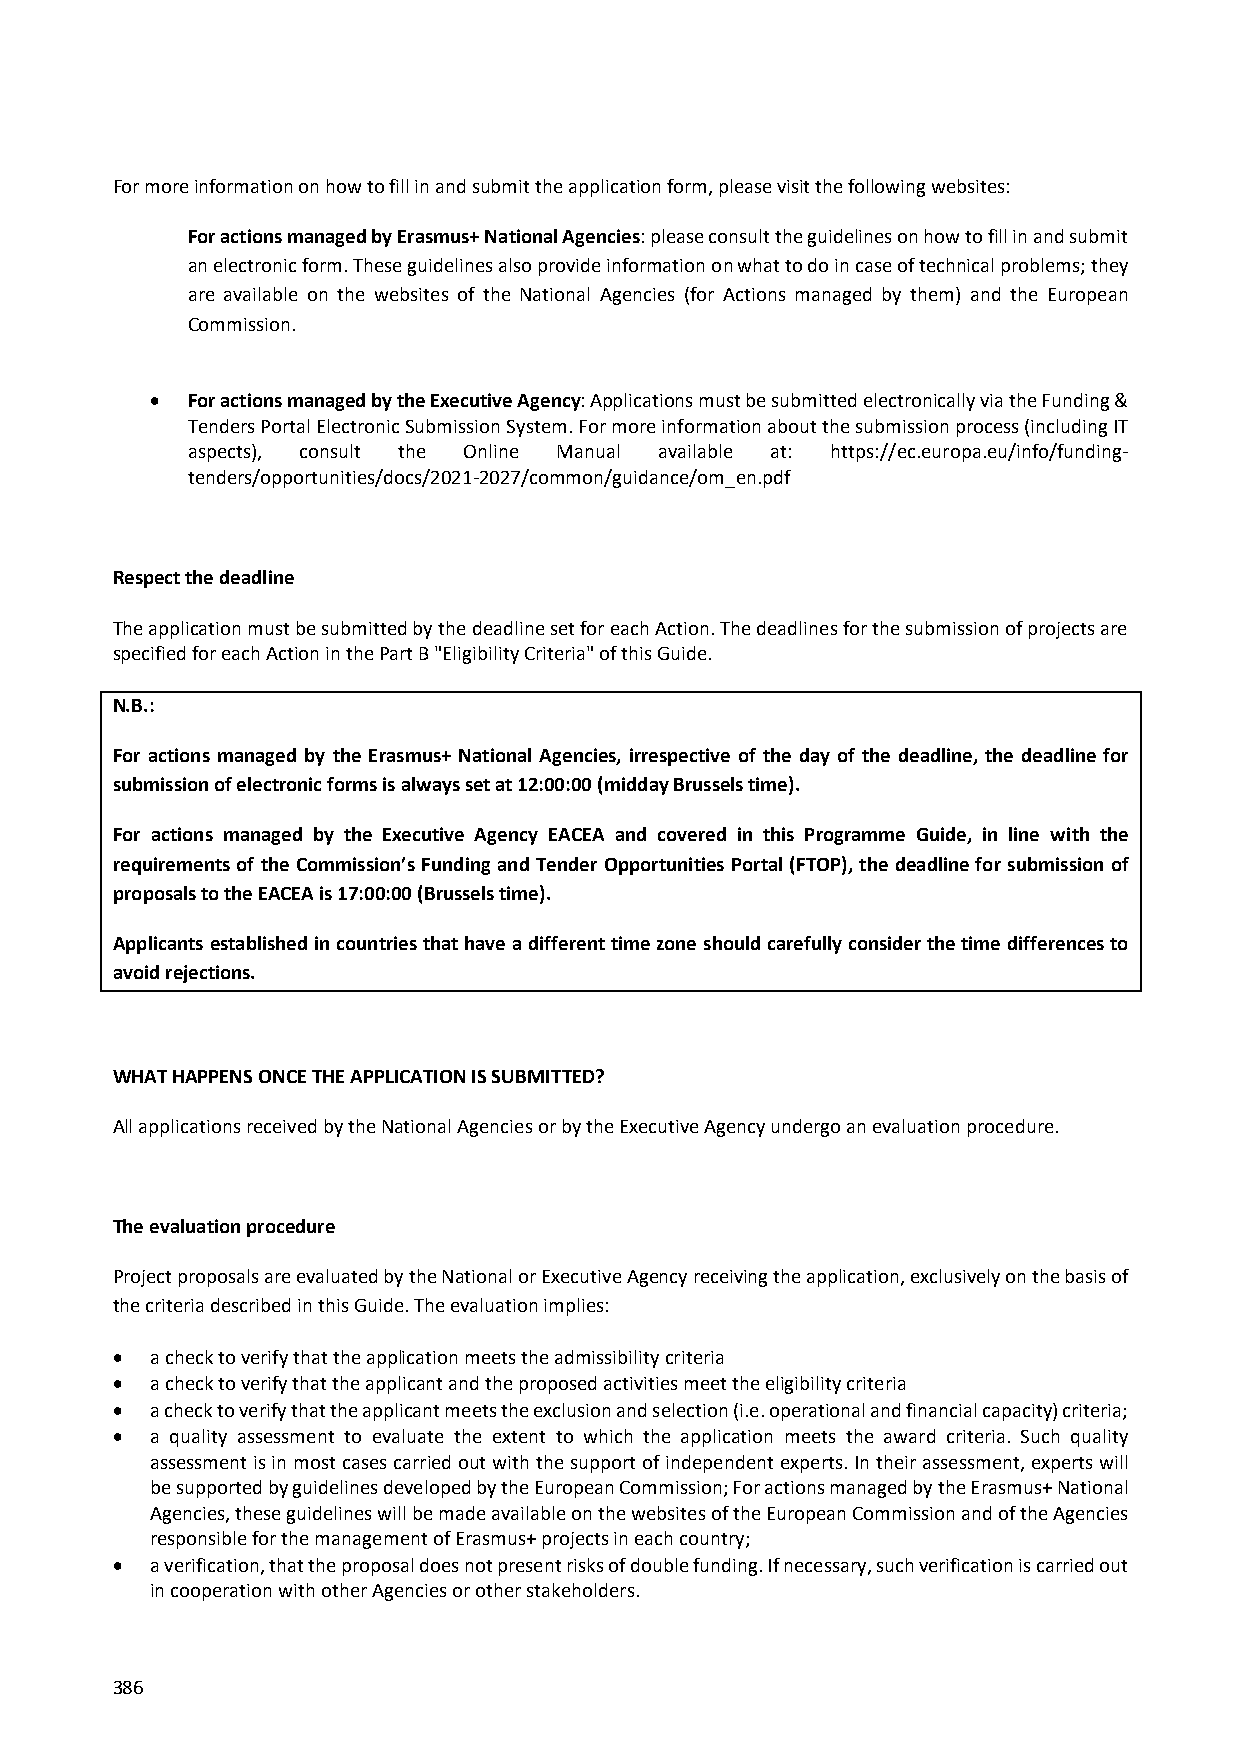
For more information on how to fill in and submit the application form, please visit the following websites:
 For actions managed by Erasmus+ National Agencies: please consult the guidelines on how to fill in and submit
 an electronic form. These guidelines also provide information on what to do in case of technical problems; they
 are available on the websites of the National Agencies (for Actions managed by them) and the European
 Commission.
  For actions managed by the Executive Agency: Applications must be submitted electronically via the Funding &
 Tenders Portal Electronic Submission System. For more information about the submission process (including IT
 aspects), consult the Online Manual available at: https://ec.europa.eu/info/funding‐
 tenders/opportunities/docs/2021‐2027/common/guidance/om_en.pdf
 Respect the deadline
 The application must be submitted by the deadline set for each Action. The deadlines for the submission of projects are
 specified for each Action in the Part B "Eligibility Criteria" of this Guide.
 N.B.:
 For actions managed by the Erasmus+ National Agencies, irrespective of the day of the deadline, the deadline for
 submission of electronic forms is always set at 12:00:00 (midday Brussels time).
 For actions managed by the Executive Agency EACEA and covered in this Programme Guide, in line with the
 requirements of the Commission’s Funding and Tender Opportunities Portal (FTOP), the deadline for submission of
 proposals to the EACEA is 17:00:00 (Brussels time).
 Applicants established in countries that have a different time zone should carefully consider the time differences to
 avoid rejections.
 WHAT HAPPENS ONCE THE APPLICATION IS SUBMITTED?
 All applications received by the National Agencies or by the Executive Agency undergo an evaluation procedure.
 The evaluation procedure
 Project proposals are evaluated by the National or Executive Agency receiving the application, exclusively on the basis of
 the criteria described in this Guide. The evaluation implies:
   a check to verify that the application meets the admissibility criteria
   a check to verify that the applicant and the proposed activities meet the eligibility criteria
   a check to verify that the applicant meets the exclusion and selection (i.e. operational and financial capacity) criteria;
   a quality assessment to evaluate the extent to which the application meets the award criteria. Such quality
 assessment is in most cases carried out with the support of independent experts. In their assessment, experts will
 be supported by guidelines developed by the European Commission; For actions managed by the Erasmus+ National
 Agencies, these guidelines will be made available on the websites of the European Commission and of the Agencies
 responsible for the management of Erasmus+ projects in each country;
   a verification, that the proposal does not present risks of double funding. If necessary, such verification is carried out
 in cooperation with other Agencies or other stakeholders.
 386